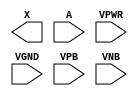
module sky130_fd_sc_hd__clkdlybuf4s18 (
    X   ,
    A   ,
    VPWR,
    VGND,
    VPB ,
    VNB
);

    output X   ;
    input  A   ;
    input  VPWR;
    input  VGND;
    input  VPB ;
    input  VNB ;
endmodule